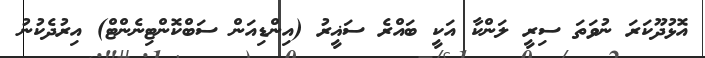
އޮޅުދޫކަރަ ނުވަތަ ސިރީ ލަންކާ އަކީ ބައްރެ ސަޣީރު (އިންޑިއަން ސަބްކޮންޓިނެންޓް) އިރުދެކުނު